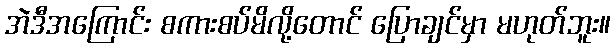
အဲဒီအကြောင်း စကားစပ်မိလို့တောင် ပြောချင်မှာ မဟုတ်ဘူး။